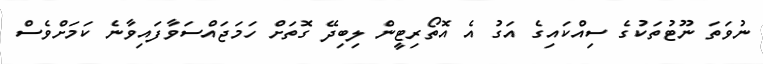
ނުވަތަ ނޫޓުތަކުގެ ސިއްކައިގެ އަގު އެ އޮތޯރިޓީން ލިބިދޭ ގޮތަށް ހަމަޖައްސަވާފައިވާނެ ކަމަށްވެސް